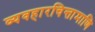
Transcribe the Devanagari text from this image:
व्यवहारचिन्तामाणि